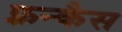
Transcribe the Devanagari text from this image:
फ़्रन्कैस